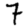
Digit: 7